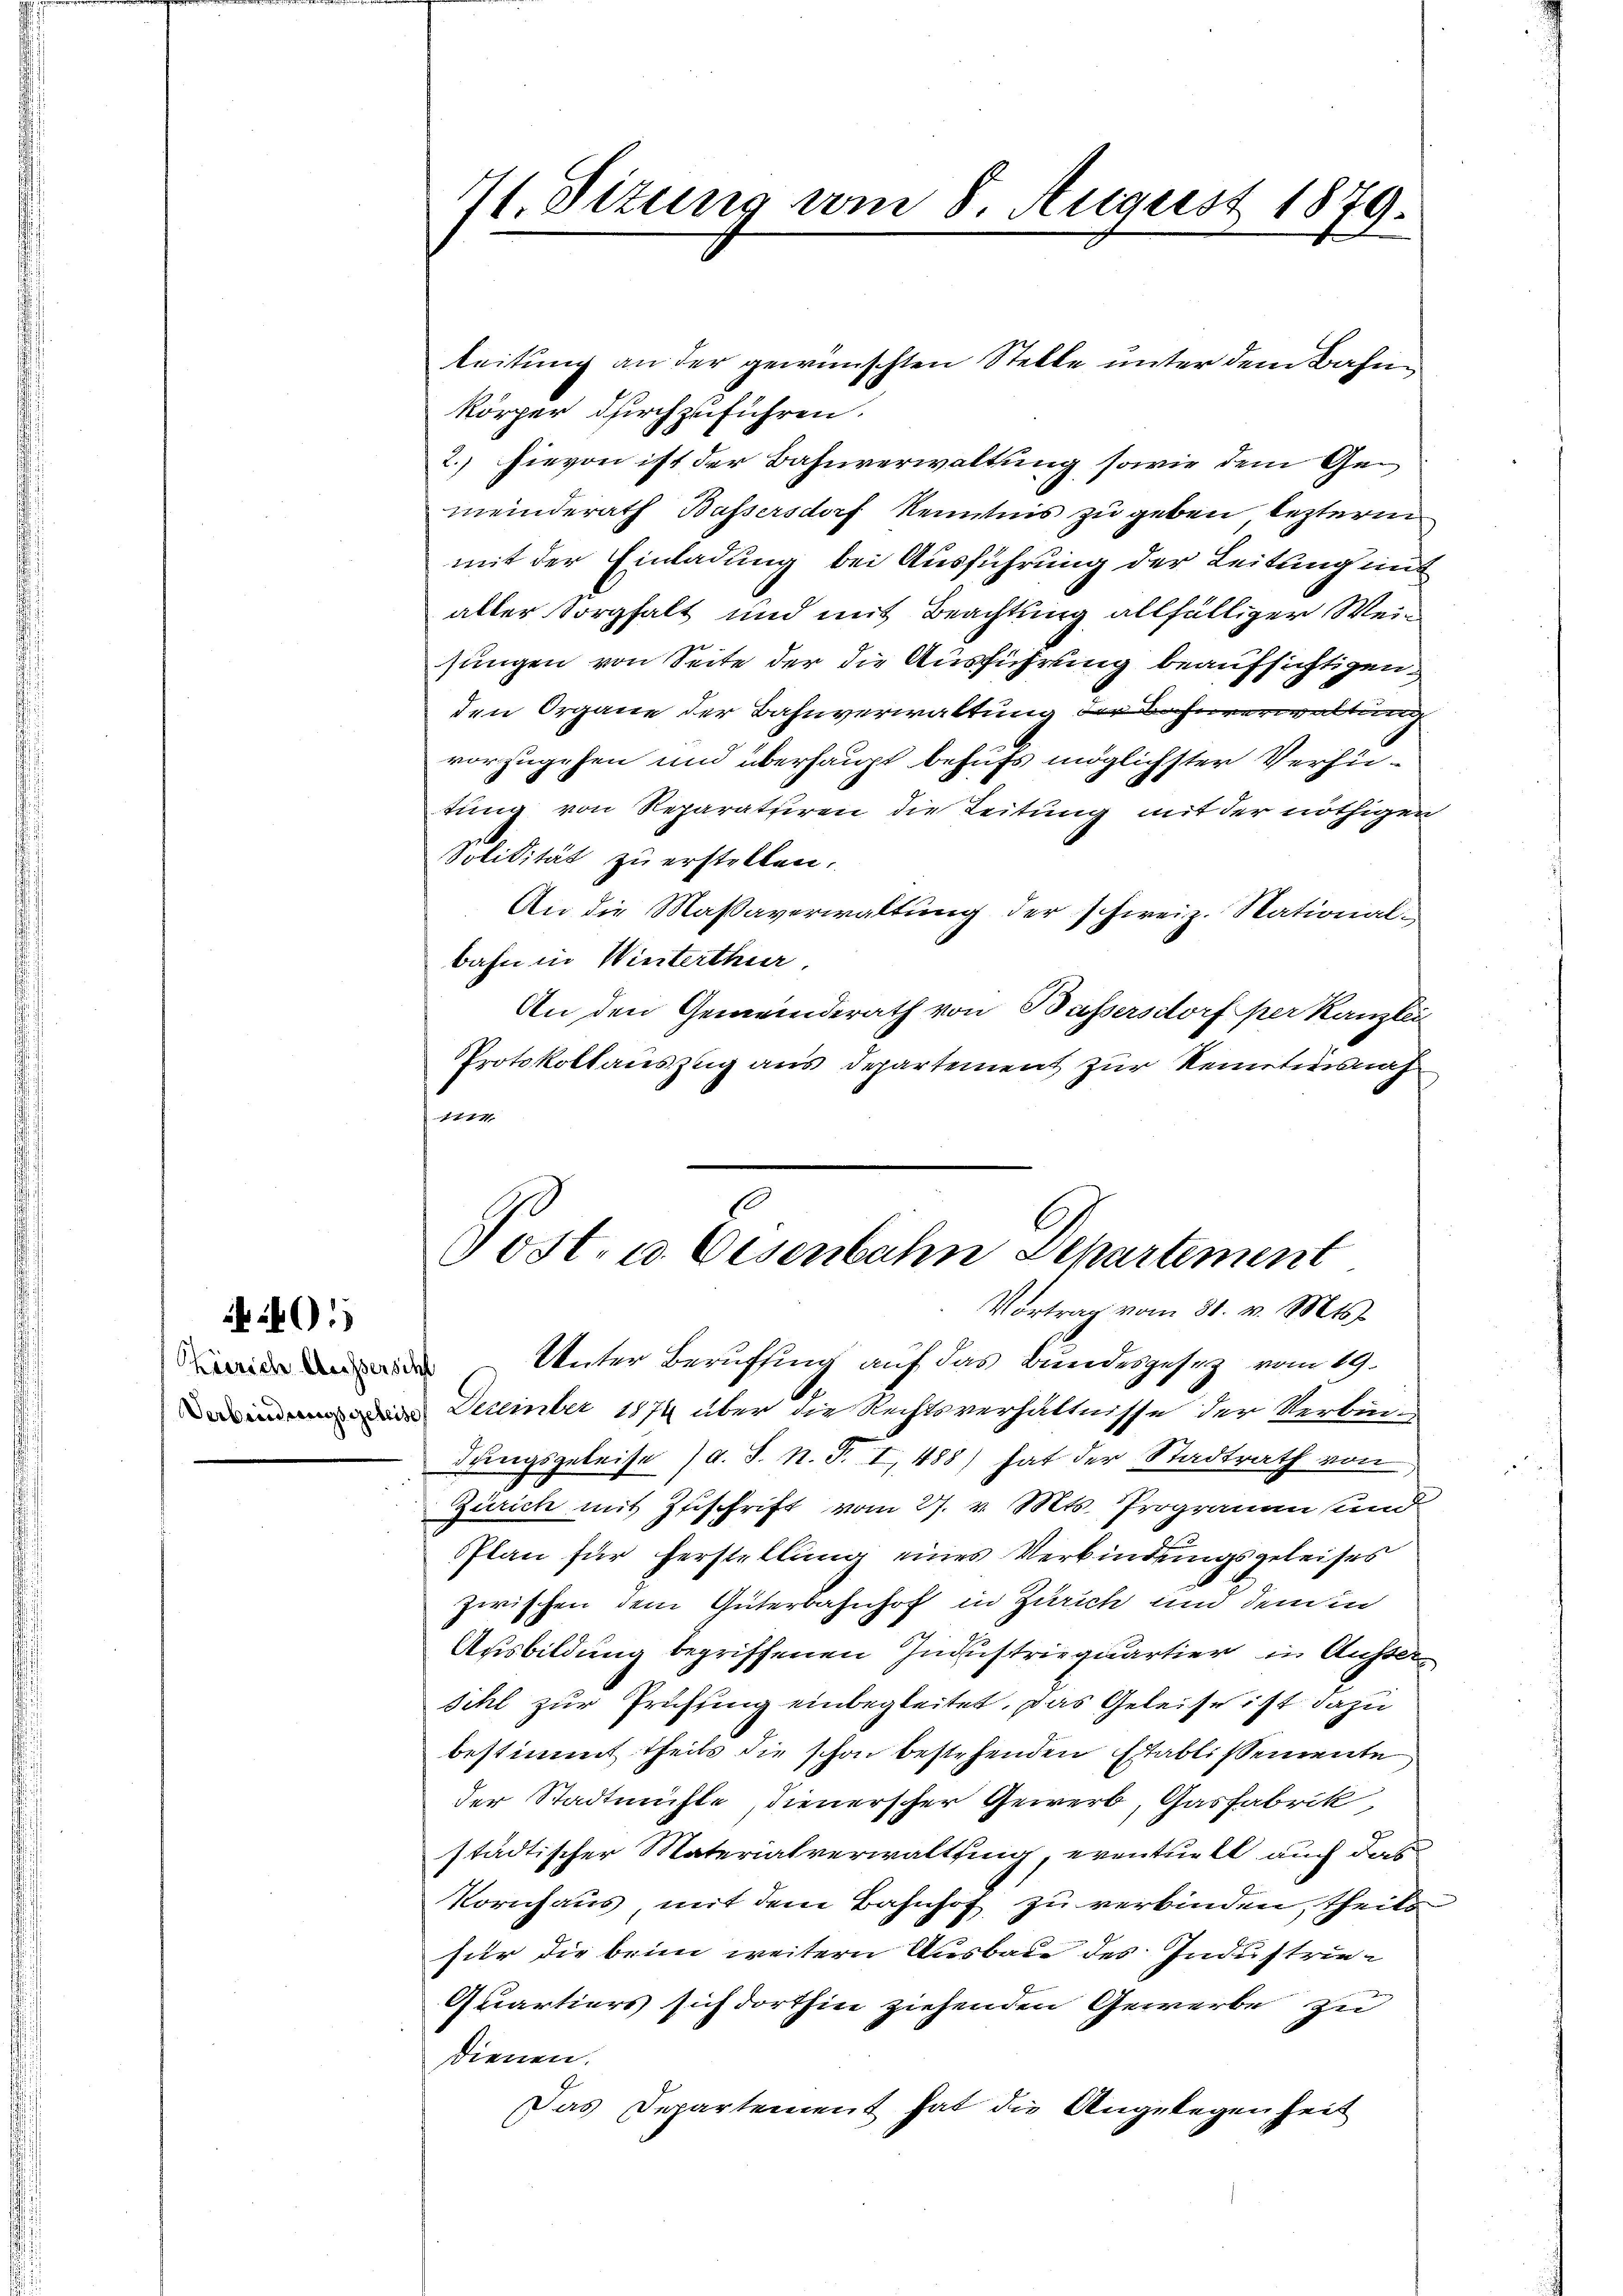
Köerich Messerscht

401

leitung an der gewünschten Stelle unter dem Bahnkörper durchzuführen.
2. hievon ist der Bahnverwaltung sowie dem Gemeinderath Bassersdorf Kenntnis zu geben lezterm
mit der Einladung bei Ausführung der Leitung mit
aller Sorgfalt und mit Beachtung allfälliger Weisungen von Seite der die Ausführung beaufsichtigen,
den Organe der Bahnverwaltung der Bahnverwaltung
vorzugehen und überhaupt behufs möglichster Verfütung von Reparatuiren die Leitung mit der nöthigen
Solitität zu erstellen.
An die Massaverwaltung der schweiz. Nationalbahn in Winterthur.
An den Gemeinderath von Bussersdorf per Kanzlei
Protokollauszug aus Departement zur Kenntnisnah
1114.

11. Sizung vom 8. August 1879.

Post. a. Eisenbahn Departement
Vortrag vom 31. v. Mts.
Unter Beruffing auf das Bundesgesez vom 19.

Dezember 1874 über die Rechtsverhältnisse der Verbin-
dungsgeleise (d. S. n. F. I 488) hat der Stadtrath von
Zürich mit Zuschrift vom 27. v. Mts. Prograuen und
Plan für herstellung eines Verbindungsgeleises
zwischen dem Güterbahnhof in Zürich und dem in
Ausbildung begriffenen Industriequartier in Aussersihl zur Prüfung einbegleitet. Das Geleise ist dazu
bestimmt, theils die schon bestehenden Etablissemente
der Stadtmühle, dienerscher Gewerb, Gasfabrik,
städtischer Materialverwaltung, eventurst auch das
Kornhaus, mit dem Bahnhof zu verbinden, theils
für die beim weitern Ausbaue des Industrie¬
Quartiers sich dorthin ziehenden Gewerbe zu
dienen.
Das Departement hat die Angelegenheit